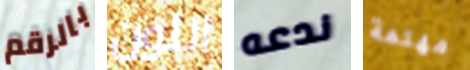
بالرقم اللون ندعه مهتمة